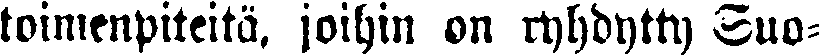
toimenpiteitä, joihin on ryhdytty Suo-